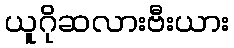
ယူဂိုဆလားဗီးယား